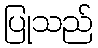
ပြုသည်